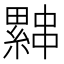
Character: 𰀨